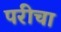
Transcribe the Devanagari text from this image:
परीचा